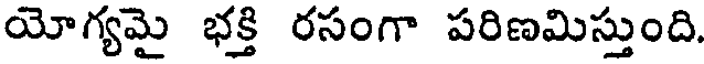
యోగ్యమై భక్తి రసంగా పరిణమిస్తుంది.